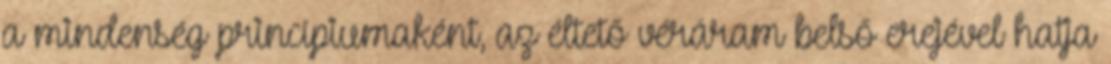
a mindenség princípiumaként, az éltető véráram belső erejével hatja